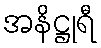
အနိဋ္ဌုရီ